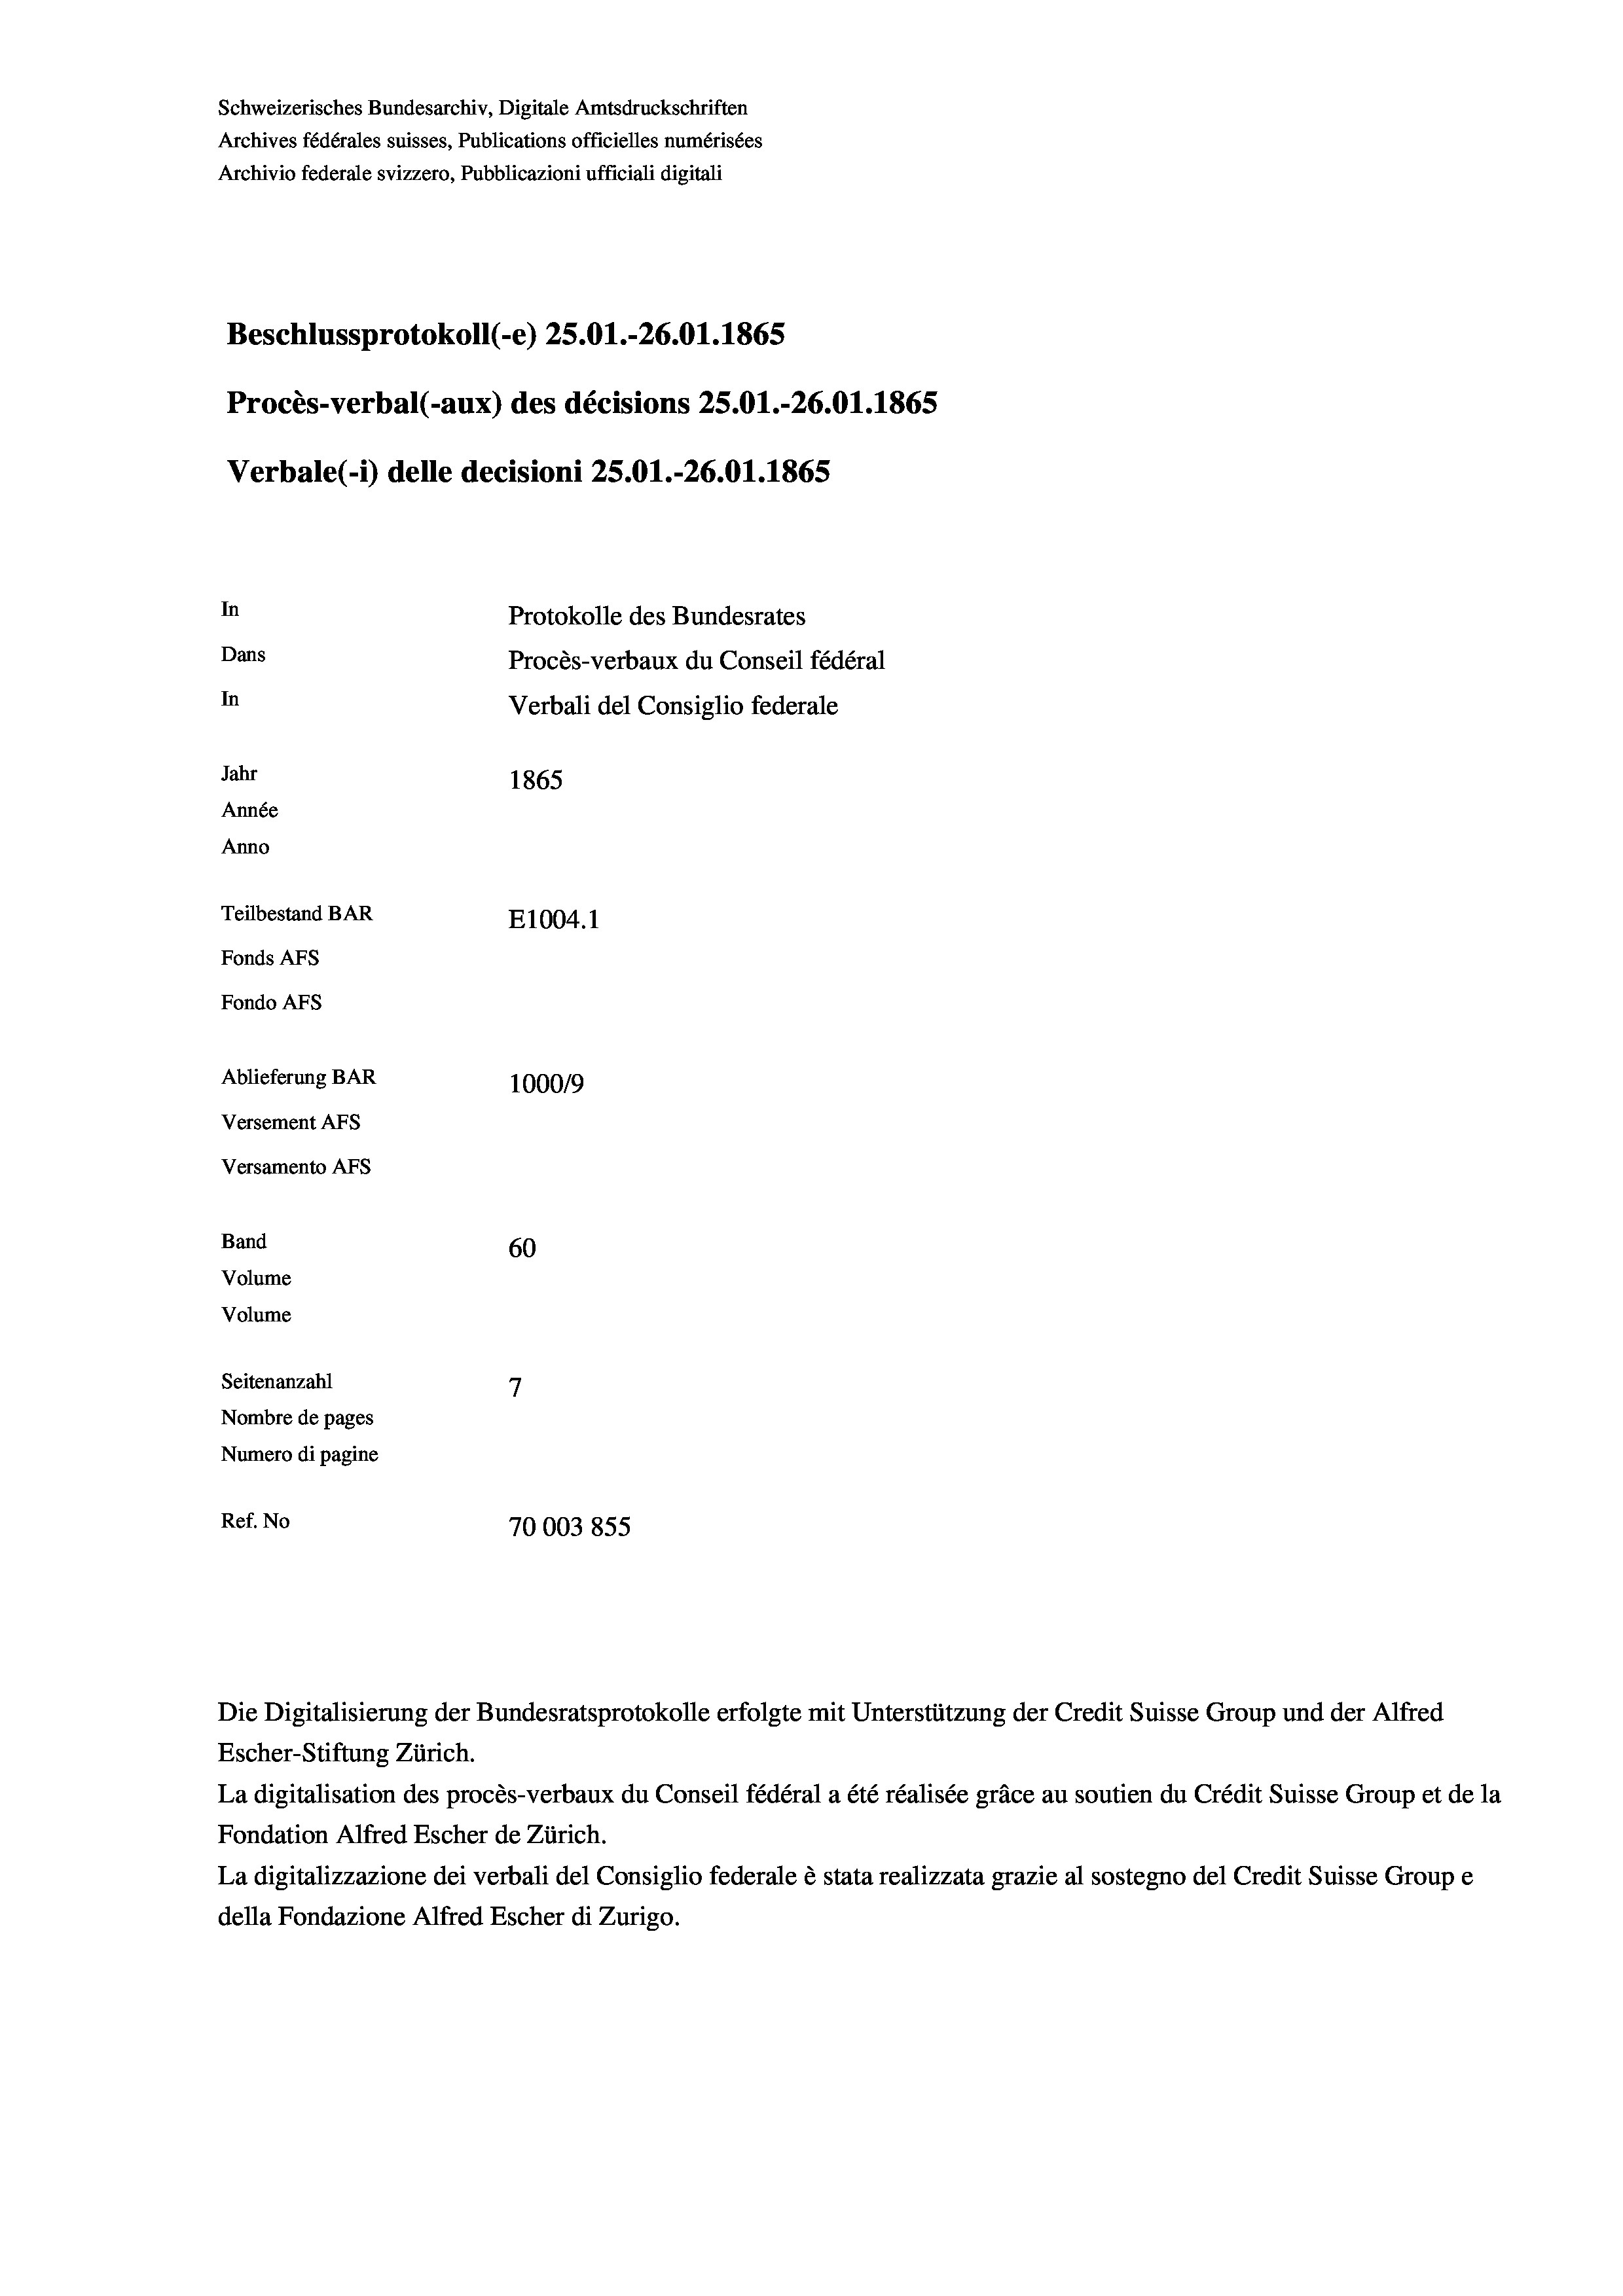
Schweizerisches Bundesarchiv, Digitale Amtsdruckschriften
Archives fédérales suisses, Publications officielles numérisées
Archivio federale svizzero, Pubblicazioni ufficiali digitali
Beschlussprotokoll (-e) 25.01.-26.01. 1865
Procès-verbal (-aux) des décisions 25.01.-26.01. 1865
Verbale (1) delle decisioni 25.01.-26.01. 1865
In
Protokolle des Bundesrates
Dans
Procès-verbaux du Conseil fédéral
In
Verbali del Consiglio federale
Jahr
1865
Année
Anno
Teilbestand BAR
E1004.1
Fonds AFs
Fondo AFs
Ablieferung BAR
100019
Versement AFs
Versamento Afs
Band
60
Volume
Volume
7
Seitenanzahl
Nombre de pages
Numero di pagine
Ref. No
70003855

La digitalisation des procès-verbaux du Conseil fédéral a été réalisée gräce au soutien du Crédit Suisse Group et de la
Fondation Alfred Escher de Zürich.
La digitalizzazione dei verbali del Consiglio federale è stata realizzata grazie al sostegno del Credit Suisse Groupe
della Fondazione Alfred Escher di Zurigo.

Die Digitalisierung der Bundesratsprotokolle erfolgte mit Unterstützung der Credit Suisse Group und der Alfred
Escher-Stiftung Zürich.